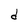
Character: d